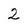
Character: 2